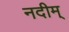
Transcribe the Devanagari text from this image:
नदीम्